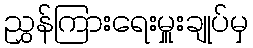
ညွှန်ကြားရေးမှူးချုပ်မှ